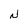
Character: N